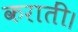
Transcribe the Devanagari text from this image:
करातीं।